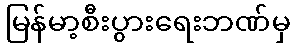
မြန်မာ့စီးပွားရေးဘဏ်မှ